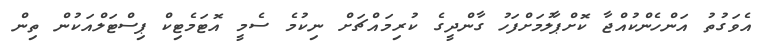
އެވަގުތު އަންހެންކުއްޖާ ކޮށްޕާލުމަށްފަހު ގާންދީގެ ކުރިމައްޗަށް ނިކުމެ ސެމީ އޮޓަމެޓިކް ޕިސްޓަލްއަކުން ތިން